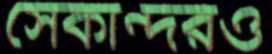
সেকান্দরও